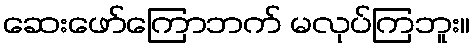
ဆေးဖော်ကြောဘက် မလုပ်ကြဘူး။